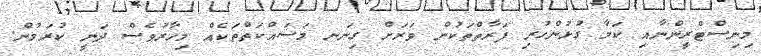
މިނިސްޓްރީންނާއި ކަމާ ގުޅުންހުރި ފަރާތްތަކުން ވަރަށް ގިނަނ މަސައްކަތްތަކެއް މިހާރުވެސް ދަނީ ކުރަމުން.